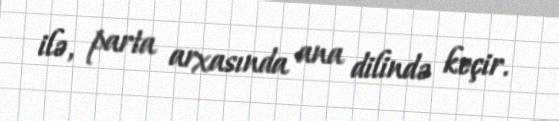
ilə, parta arxasında ana dilində keçir.